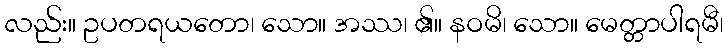
လည်း။ ဥပတရယတော၊ သော။ အဿ၊ ၏။ နဝမိ၊ သော။ မေတ္တာပါရမီ၊